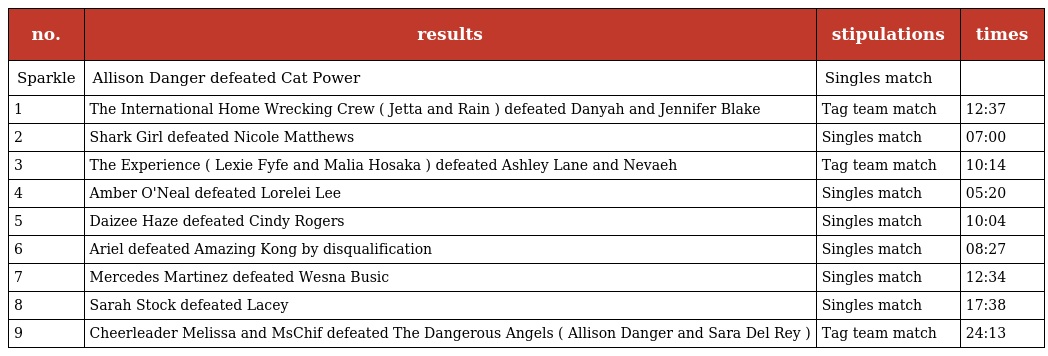
| no. | results | stipulations | times |
 | --- | --- | --- | --- |
 | Sparkle | Allison Danger defeated Cat Power | Singles match |  |
 | 1 | The International Home Wrecking Crew ( Jetta and Rain ) defeated Danyah and Jennifer Blake | Tag team match | 12:37 |
 | 2 | Shark Girl defeated Nicole Matthews | Singles match | 07:00 |
 | 3 | The Experience ( Lexie Fyfe and Malia Hosaka ) defeated Ashley Lane and Nevaeh | Tag team match | 10:14 |
 | 4 | Amber O'Neal defeated Lorelei Lee | Singles match | 05:20 |
 | 5 | Daizee Haze defeated Cindy Rogers | Singles match | 10:04 |
 | 6 | Ariel defeated Amazing Kong by disqualification | Singles match | 08:27 |
 | 7 | Mercedes Martinez defeated Wesna Busic | Singles match | 12:34 |
 | 8 | Sarah Stock defeated Lacey | Singles match | 17:38 |
 | 9 | Cheerleader Melissa and MsChif defeated The Dangerous Angels ( Allison Danger and Sara Del Rey ) | Tag team match | 24:13 |